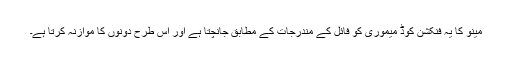
مینو کا یہ فنکشن کوڈ میموری کو فائل کے مندرجات کے مطابق جانچتا ہے اور اس طرح دونوں کا موازنہ کرتا ہے۔